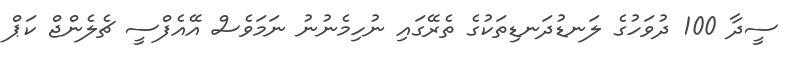
ސީދާ 100 ދުވަހުގެ ލަނޑުދަނޑިތަކުގެ ތެރޭގައި ނުހިމެނުނު ނަމަވެސް އޭއެފްސީ ޗެލެންޖް ކަޕް